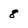
Character: 8